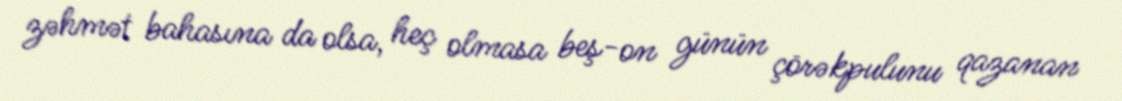
zəhmət bahasına da olsa, heç olmasa beş-on günün çörəkpulunu qazanan